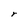
Character: r